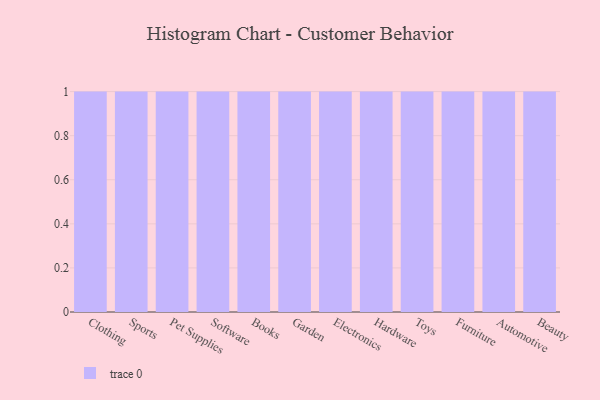
{"axis": {"x": "Category", "y": "Gross Profit (USD K)"}, "legend": [""], "data": [{"x": "Clothing", "y": 37, "type": ""}, {"x": "Sports", "y": 81, "type": ""}, {"x": "Pet Supplies", "y": 59, "type": ""}, {"x": "Software", "y": 79, "type": ""}, {"x": "Books", "y": 38, "type": ""}, {"x": "Garden", "y": 4, "type": ""}, {"x": "Electronics", "y": 43, "type": ""}, {"x": "Hardware", "y": 91, "type": ""}, {"x": "Toys", "y": 99, "type": ""}, {"x": "Furniture", "y": 12, "type": ""}, {"x": "Automotive", "y": 96, "type": ""}, {"x": "Beauty", "y": 23, "type": ""}]}